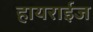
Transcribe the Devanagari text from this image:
हायराईज